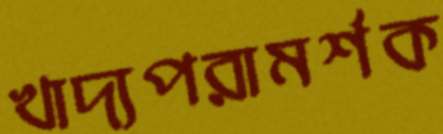
খাদ্যপরামর্শক